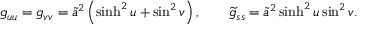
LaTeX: g _ { u u } = g _ { v v } = \widetilde { a } ^ { 2 } \left( \sinh ^ { 2 } u + \sin ^ { 2 } v \right) , \qquad \widetilde { g } _ { s s } = \widetilde { a } ^ { 2 } \sinh ^ { 2 } u \sin ^ { 2 } v .